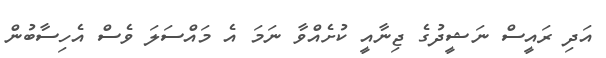
އަދި ރައީސް ނަޝީދުގެ ޖިނާއީ ކުށެއްވާ ނަމަ އެ މައްސަލަ ވެސް އެހިސާބުން